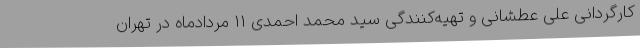
کارگردانی علی عطشانی و تهیه‌کنندگی سید محمد احمدی 11 مردادماه در تهران